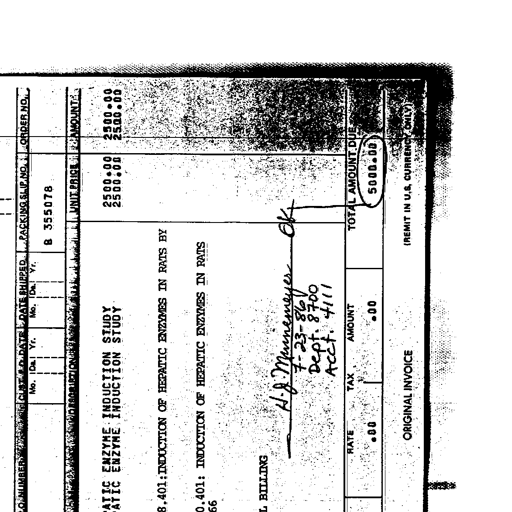
Transcript:
PACKING SLIP NO. ORDER NO.
B 355078
UNIT PRICE AMOUNT
ATIC ENZYME INDUCTION STUDY 2500.00 2500.00
ATIC ENZYME INDUCTION STUDY 2500.00 2500.00
8.401: INDUCTION OF HEPATIC ENZYMES IN RATS BY
0.401: INDUCTION OF HEPATIC ENZYMES IN RATS
BILLING H. J. Munnemeyer OK
7-23-86
Dept. 8700
Acct. 4111
TOTAL AMOUNT DUE
RATE TAX AMOUNT 5000.00
.00 .00
ORIGINAL INVOICE (REMIT IN U.S. CURRENCY ONLY)